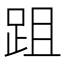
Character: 跙